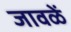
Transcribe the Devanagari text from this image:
जावळें